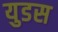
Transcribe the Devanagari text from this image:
युडस